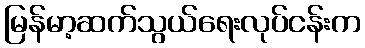
မြန်မာ့ဆက်သွယ်ရေးလုပ်ငန်းက